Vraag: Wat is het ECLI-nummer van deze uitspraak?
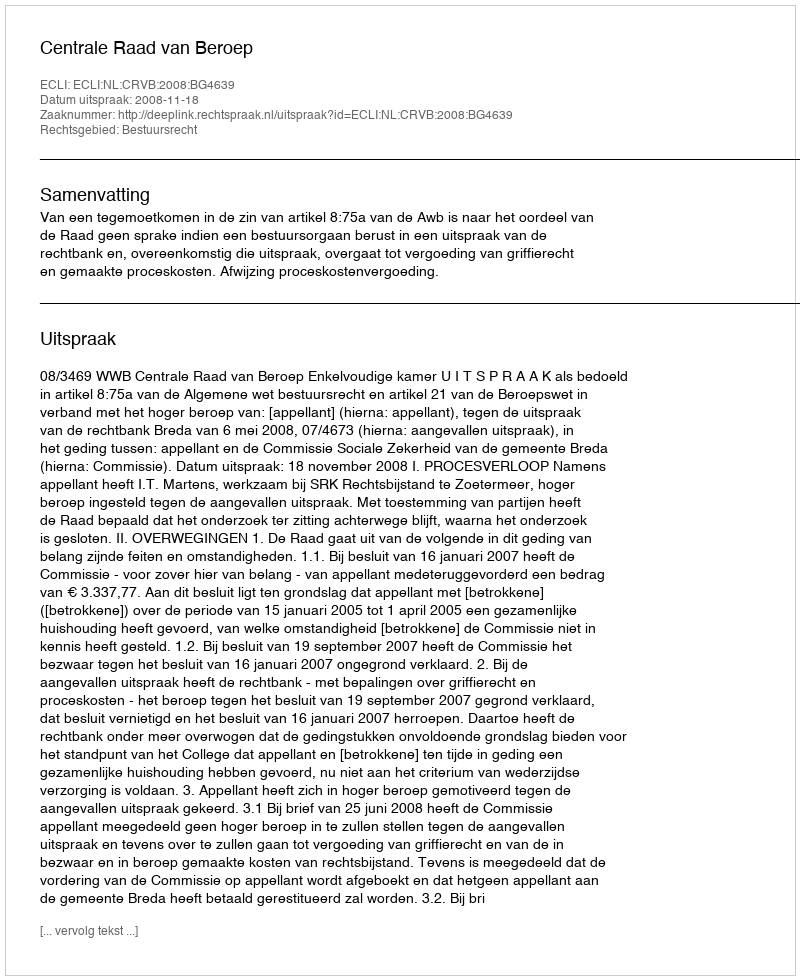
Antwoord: ECLI:NL:CRVB:2008:BG4639